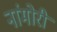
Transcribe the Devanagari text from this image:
नांमोरी